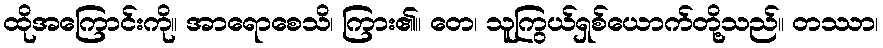
ထိုအကြောင်းကို။ အာရောစေသိ၊ ကြား၏။ တေ၊ သူကြွယ်ရှစ်ယောက်တို့သည်။ တဿာ၊